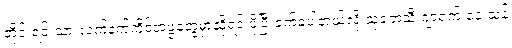
တိုင်းရင်းသားလက်နက်ကိုင်အဖွဲ့တွေမှာဆိုရင် ပိုပြီးခက်ခဲပါတယ်လို့ သုတေသီ ဂျာရက် နေးသန်